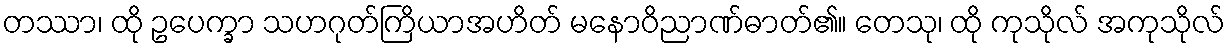
တဿာ၊ ထို ဥပေက္ခာ သဟဂုတ်ကြိယာအဟိတ် မနောဝိညာဏ်ဓာတ်၏။ တေသု၊ ထို ကုသိုလ် အကုသိုလ်